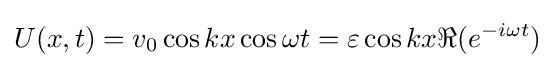
U(x,t)=v_{0}\cos kx\cos \omega t=\varepsilon \cos kx\Re (e^{-i\omega t})